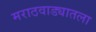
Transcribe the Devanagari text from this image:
मराठवाड्यातला